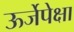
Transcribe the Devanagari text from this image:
ऊर्जेपेक्षा